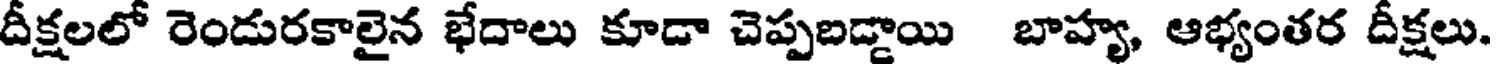
దీక్షలలో రెండురకాలైన భేదాలు కూడా చెప్పబడ్డాయి బాహ్య, ఆభ్యంతర దీక్షలు.